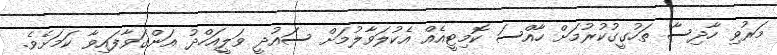
މަރުވި ހާދިސާ ތަހުގީގުކުރުމަށް ހާއްސަ ކޮމިޓީއެއް އެކުލަވާލުމަށް ސައުދީ ވަލީއަހްދު އަންގަވާފައިވާ ކަމަށެވެ.